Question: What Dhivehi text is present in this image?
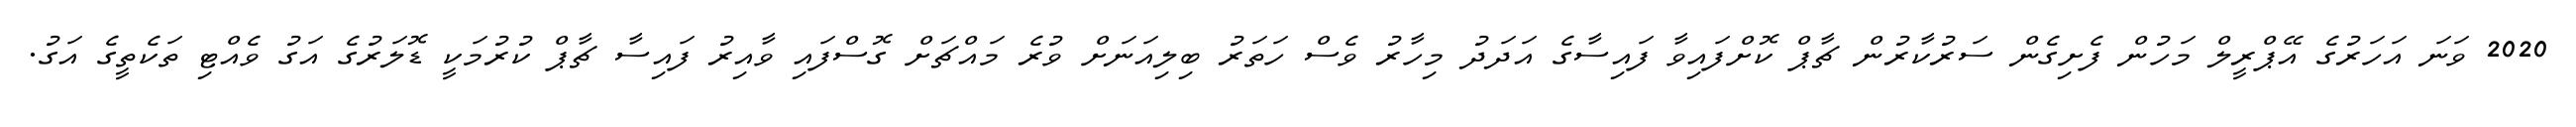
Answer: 2020 ވަނަ އަހަރުގެ އޭޕްރީލް މަހުން ފެށިގެން ސަރުކާރުން ޗާޕް ކޮށްފައިވާ ފައިސާގެ އަދަދު މިހާރު ވެސް ހަތަރު ބިލިއަނަށް ވުރެ މައްޗަށް ގޮސްފައި ވާއިރު ފައިސާ ޗާޕް ކުރުމަކީ ޑޮލަރުގެ އަގު ވެއްޓި ތަކެތީގެ އަގު.